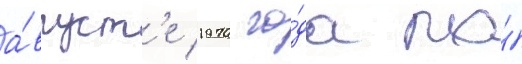
а́вгуст'е 1970 го́да по́